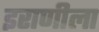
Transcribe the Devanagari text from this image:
इराणीला